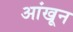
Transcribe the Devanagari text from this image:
आंखून